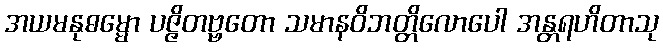
အယမနုဓမ္မော ပဇ္ဇိတဗ္ဗတော သမာနဝိဘတ္တိလောပေါ အန္တရဟိတာသု